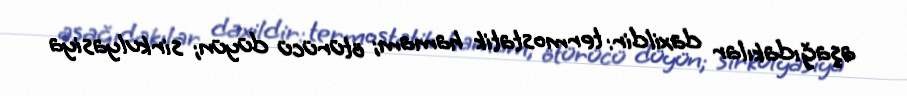
aşağıdakılar daxildir: termostatik hamam; ötürücü düyün; sirkulyasiya